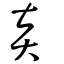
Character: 炎